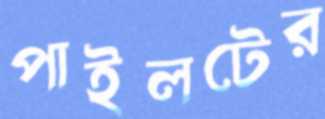
পাইলটের